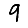
Digit: 9